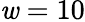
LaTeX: \mathit{w}=10